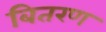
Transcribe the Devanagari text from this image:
बितरण